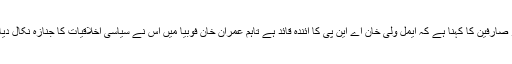
دیگر صارفین کا کہنا ہے کہ ایمل ولی خان اے این پی کا آئندہ قائد ہے تاہم عمران خان فوبیا میں اس نے سیاسی اخلاقیات کا جنازہ نکال دیا ہے۔